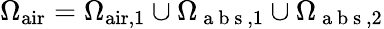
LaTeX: \Omega_{\mathrm{air}}=\Omega_{\mathrm{air},1}\cup\Omega_{\mathrm{~a~b~s~},1}\cup\Omega_{\mathrm{~a~b~s~},2}